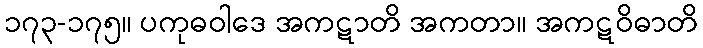
၁၇၃-၁၇၅။ ပကုဓဝါဒေ အကဋာတိ အကတာ။ အကဋဝိဓာတိ